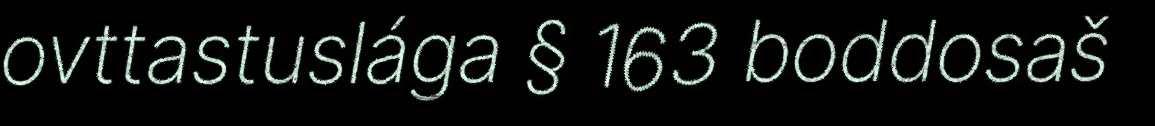
ovttastuslága § 163 boddosaš